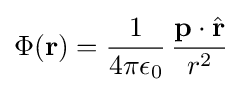
\Phi (\mathbf {r} )={\frac {1}{4\pi \epsilon _{0}}}\,{\frac {\mathbf {p} \cdot {\hat {\mathbf {r} }}}{r^{2}}}